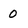
Character: 0